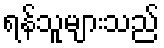
ရန်သူများသည်